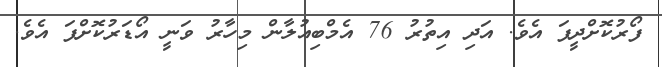
ފޯރުކޮށްދީފަ އެވެ. އަދި އިތުރު 76 އެމްބިއުލާން މިހާރު ވަނީ އޯޑަރުކޮށްފަ އެވެ.